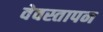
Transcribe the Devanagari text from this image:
वेवस्तापन